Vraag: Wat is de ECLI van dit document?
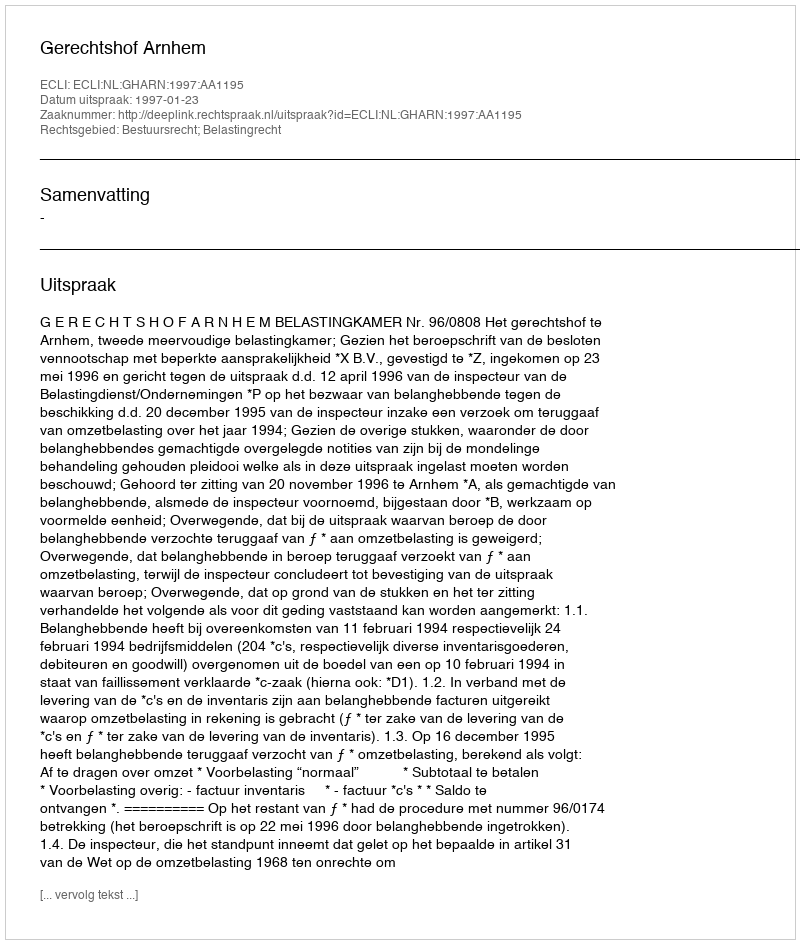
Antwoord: ECLI:NL:GHARN:1997:AA1195